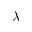
\lambda